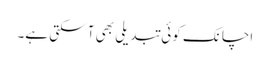
اچانک کوئی تبدیلی بھی آ سکتی ہے۔